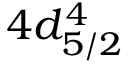
4 d _ { 5 / 2 } ^ { 4 }